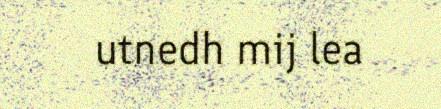
utnedh mij lea